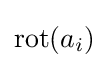
\operatorname {rot} (a_{i})